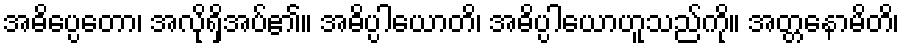
အဓိပ္ပေတော၊ အလိုရှိအပ်၏။ အဓိပ္ပါယောတိ၊ အဓိပ္ပါယောဟူသည်ကို။ အတ္တနောမိတိ၊